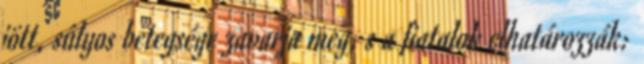
jött, súlyos betegsége zavarja meg, s a fiatalok elhatározzák: